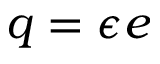
q = \epsilon e